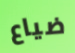
ضياع